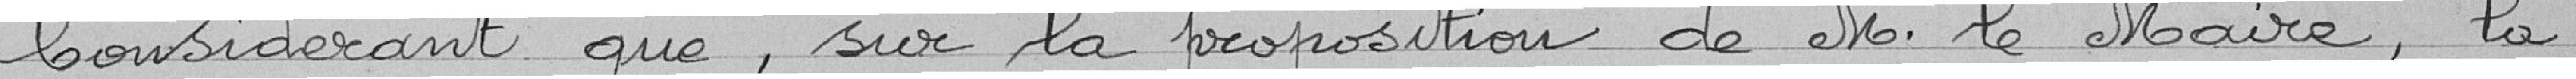
Considérant que, sur la proposition de No. le Maire, la